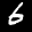
Label: 6